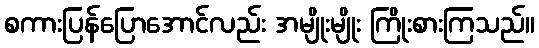
စကားပြန်ပြောအောင်လည်း အမျိုးမျိုး ကြိုးစားကြသည်။